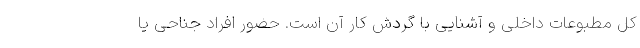
کل مطبوعات داخلی و آشنایی با گردش کار آن است. حضور افراد جناحی یا